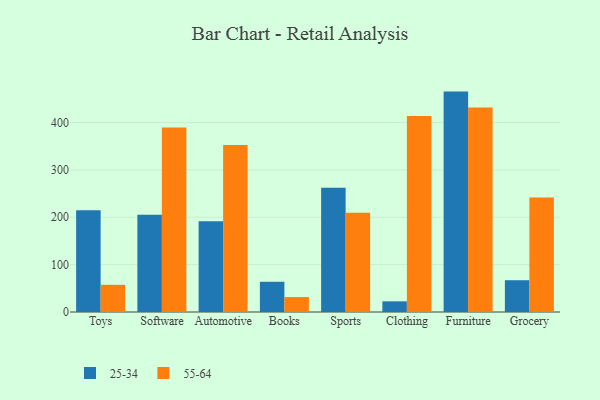
{"axis": {"x": "Category", "y": "Inventory Turnover"}, "legend": ["25-34", "55-64"], "data": [{"x": "Toys", "y": 214.8, "type": "25-34"}, {"x": "Toys", "y": 57.4, "type": "55-64"}, {"x": "Software", "y": 205.3, "type": "25-34"}, {"x": "Software", "y": 389.5, "type": "55-64"}, {"x": "Automotive", "y": 191.8, "type": "25-34"}, {"x": "Automotive", "y": 352.8, "type": "55-64"}, {"x": "Books", "y": 63.8, "type": "25-34"}, {"x": "Books", "y": 31.5, "type": "55-64"}, {"x": "Sports", "y": 262.1, "type": "25-34"}, {"x": "Sports", "y": 209.4, "type": "55-64"}, {"x": "Clothing", "y": 22.5, "type": "25-34"}, {"x": "Clothing", "y": 413.7, "type": "55-64"}, {"x": "Furniture", "y": 465.3, "type": "25-34"}, {"x": "Furniture", "y": 431.7, "type": "55-64"}, {"x": "Grocery", "y": 67.1, "type": "25-34"}, {"x": "Grocery", "y": 241.9, "type": "55-64"}]}